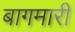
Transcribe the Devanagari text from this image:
बागमारी